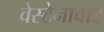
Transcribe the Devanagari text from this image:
वेस्टेनावोंड